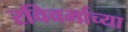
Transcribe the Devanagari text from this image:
रविवर्माच्या